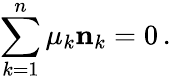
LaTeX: \sum_{k=1}^{n}\mu_{k}{\mathbf n}_{k}=0\, .